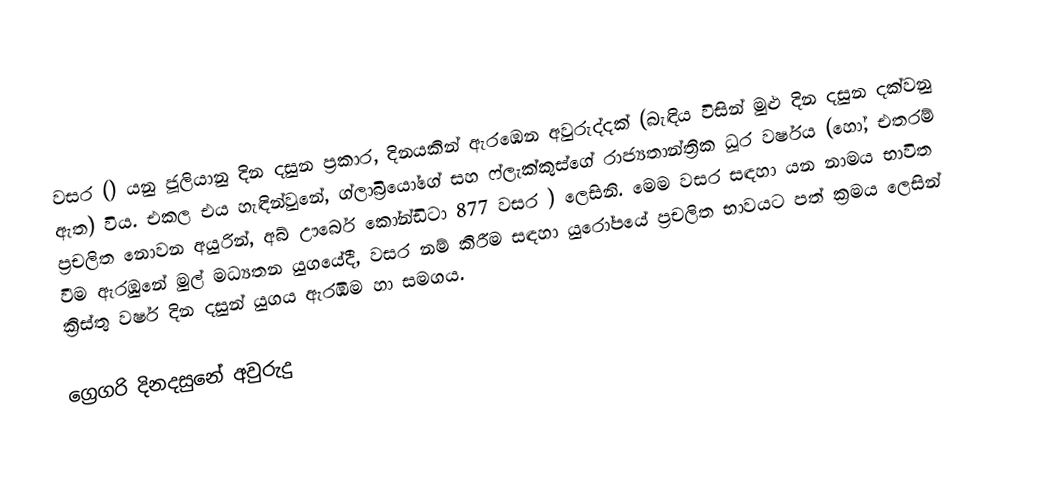

වසර   () යනු  ජූලියානු දින දසුන ප්‍රකාර,    දිනයකින් ඇරඹෙන  අවුරුද්දක්   (බැඳිය විසින් මුළු දින දසුන දක්වනු ඇත)  විය. එකල එය හැඳින්වුනේ, 	ග්ලාබ්‍රියෝගේ	 සහ 	ෆ්ලැක්කුස්ගේ	  රාජ්‍යතාන්ත්‍රික  ධූර වර්ෂය  (හෝ, එතරම් ප්‍රචලිත නොවන අයුරින්,  අබ් ඌර්බෙ කෝන්ඩිටා 	877	  වසර  ) ලෙසිනි. මෙම වසර සඳහා   යන නාමය භාවිත වීම ඇරඹුනේ මුල් මධ්‍යතන යුගයේදී, වසර නම් කිරීම සඳහා යුරෝපයේ ප්‍රචලිත භාවයට පත් ක්‍රමය ලෙසින් ක්‍රිස්තු වර්ෂ දින දසුන් යුගය ඇරඹීම හා සමගය.

ග්‍රෙගරි දිනදසුනේ අවුරුදු